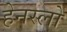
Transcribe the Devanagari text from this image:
हेनस्लो